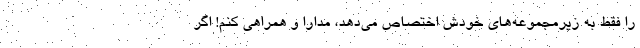
را فقط به زیرمجموعه‌های خودش اختصاص می‌دهد، مدارا و همراهی کنم! اگر